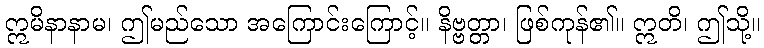
ဣမိနာနာမ၊ ဤမည်သော အကြောင်းကြောင့်။ နိဗ္ဗတ္တာ၊ ဖြစ်ကုန်၏။ ဣတိ၊ ဤသို့။